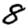
Digit: 8